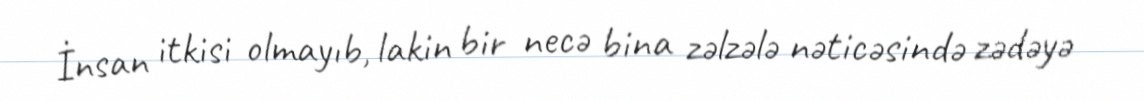
İnsan itkisi olmayıb, lakin bir necə bina zəlzələ nəticəsində zədəyə